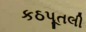
કઠપૂતલી